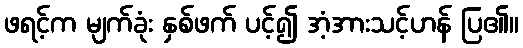
ဖရင့်က မျက်ခုံး နှစ်ဖက် ပင့်၍ အံ့အားသင့်ဟန် ပြ၏။